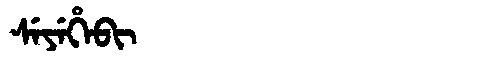
Manchu: ᠰᡝᠶᡝᡥᡝᠪᡳ
Romanization: SEYEHEBI